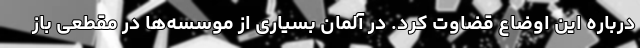
درباره این اوضاع قضاوت کرد. در آلمان بسیاری از موسسه‌ها در مقطعی باز